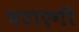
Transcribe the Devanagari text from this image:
घटाएगी